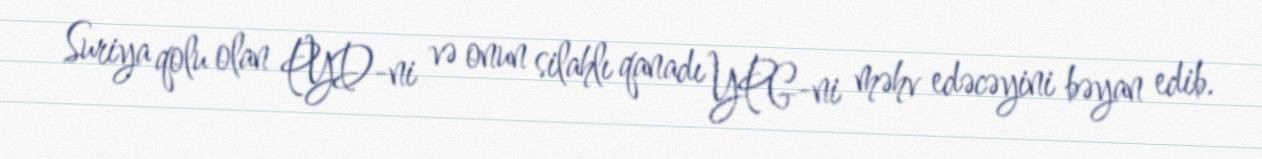
Suriya qolu olan PYD-ni və onun silahlı qanadı YPG-ni məhv edəcəyini bəyan edib.